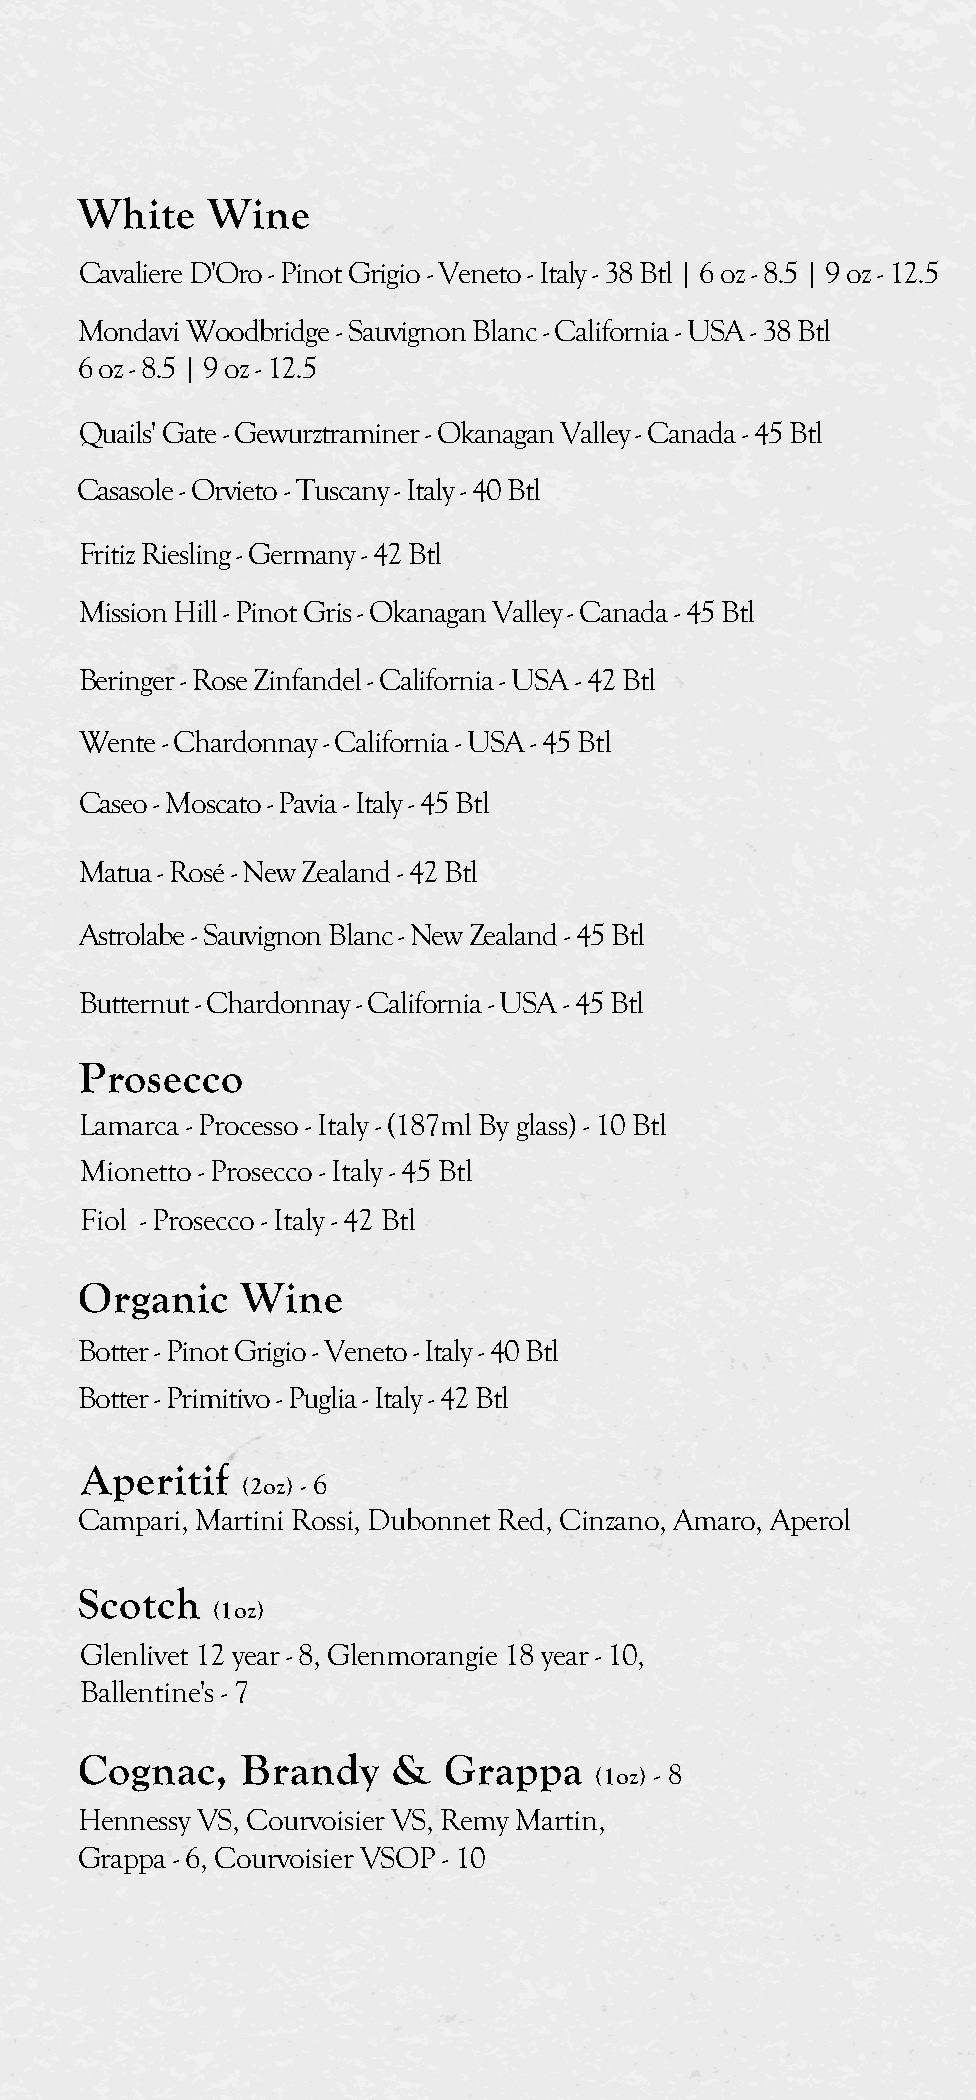
White    Wine
 Cavaliere D'Oro - Pinot Grigio - Veneto - Italy - 38 Btl | 6 oz - 8.5 | 9 oz - 12.5
 Mondavi Woodbridge - Sauvignon Blanc - California - USA - 38 Btl
 6 oz - 8.5 | 9 oz - 12.5
 Quails' Gate - Gewurztraminer - Okanagan Valley - Canada - 45 Btl
 Casasole - Orvieto - Tuscany - Italy - 40 Btl
 Fritiz Riesling - Germany - 42 Btl
 Mission Hill - Pinot Gris - Okanagan Valley - Canada - 45 Btl
 Beringer - Rose Zinfandel - California - USA - 42 Btl
 Wente - Chardonnay - California - USA - 45 Btl
 Caseo - Moscato - Pavia - Italy - 45 Btl
 Matua - Rosé - New Zealand - 42 Btl
 Astrolabe - Sauvignon Blanc - New Zealand - 45 Btl
 Butternut - Chardonnay - California - USA - 45 Btl
 Prosecco
 Lamarca - Processo - Italy - (187ml By glass) - 10 Btl
 Mionetto - Prosecco - Italy - 45 Btl
 Fiol - Prosecco - Italy - 42 Btl
 Organic    Wine
 Botter - Pinot Grigio - Veneto - Italy - 40 Btl
 Botter - Primitivo - Puglia - Italy - 42 Btl
 Aperitif
 (2oz) - 6
 Campari, Martini Rossi, Dubonnet Red, Cinzano, Amaro, Aperol
 Scotch
 (1oz)
 Glenlivet 12 year - 8, Glenmorangie 18 year - 10,
 Ballentine's - 7
 Cognac,    Brandy    &  Grappa
 (1oz) - 8
 Hennessy VS, Courvoisier VS, Remy Martin,
 Grappa - 6, Courvoisier VSOP - 10